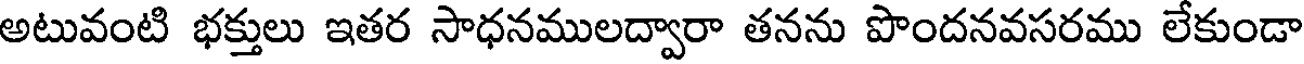
అటువంటి భక్తులు ఇతర సాధనములద్వారా తనను పొందనవసరము లేకుండా